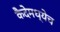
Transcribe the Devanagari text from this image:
कैदेमध्येच